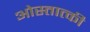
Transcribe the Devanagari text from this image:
ओस्तात्की